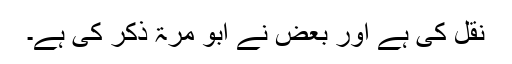
نقل کی ہے اور بعض نے ابو مرّۃ ذکر کی ہے۔